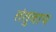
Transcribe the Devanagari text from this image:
तंतुवाय